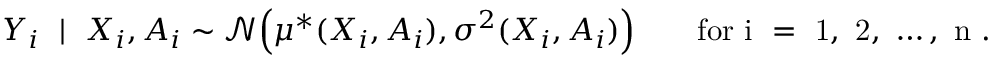
\begin{array} { r } { Y _ { i } ~ \mid ~ \ensuremath { X } _ { i } , \ensuremath { A } _ { i } \sim \mathcal { N } \Big ( \mu ^ { * } ( \ensuremath { X } _ { i } , \ensuremath { A } _ { i } ) , \sigma ^ { 2 } ( \ensuremath { X } _ { i } , \ensuremath { A } _ { i } ) \Big ) \qquad \mathrm { f o r ~ i ~ = ~ 1 , ~ 2 , ~ \ldots , ~ \ensuremath { n } ~ . } } \end{array}